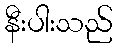
နီးပါးသည်